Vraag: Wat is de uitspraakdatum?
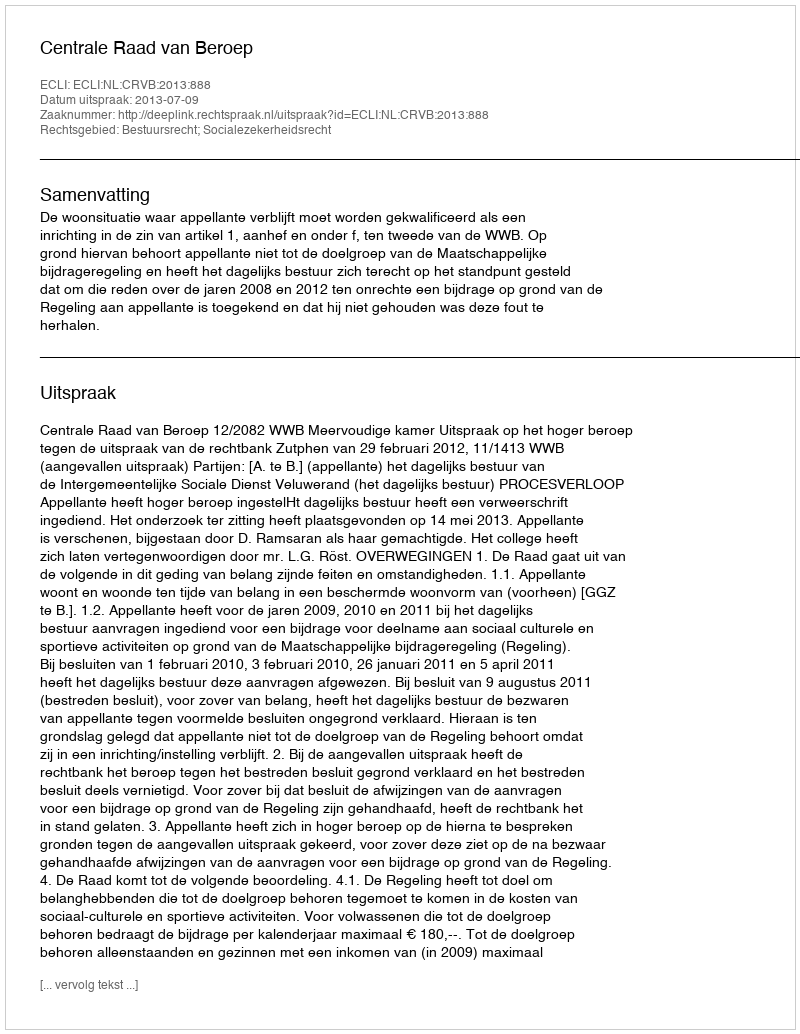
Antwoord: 2013-07-09